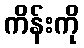
ကိန်းကို